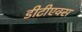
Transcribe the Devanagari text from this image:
डीटीएक्स